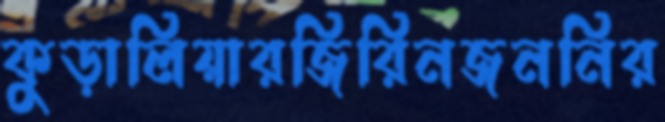
কুড়ালিয়ারজিরিনজননির